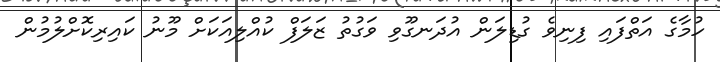
ހުމާގެ އަތްފައި ފިނިވެ ގުޑިލަން އުދަނގޫވި ވަގުތު ޒަލަފް ކުއްލިއަކަށް މޫނު ކައިރިކޮށްލުމުން